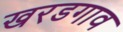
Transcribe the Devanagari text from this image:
खरडगाव